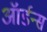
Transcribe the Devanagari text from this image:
ऑर्डन्स